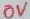
Text: 0V